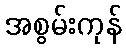
အစွမ်းကုန်